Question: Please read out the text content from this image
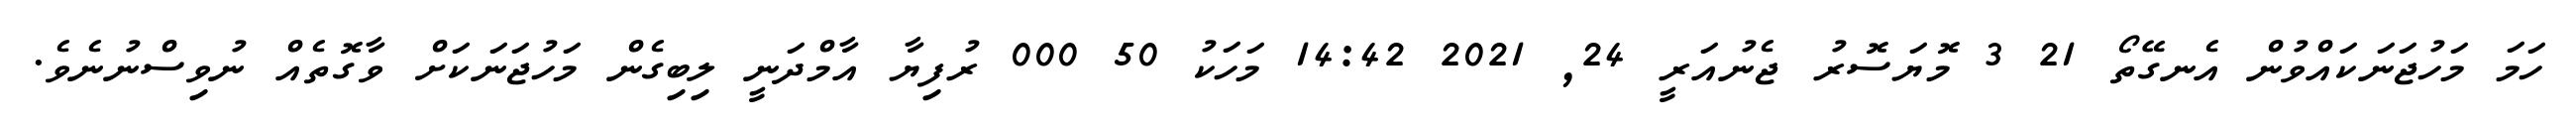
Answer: ހަމަ މަހުޖަނަކައްވުން އެނގޭތޯ 21 3 މޮޔަސޮރު ޖެނުއަރީ 24, 2021 14:42 މަހަކު 50 000 ރުފިޔާ އާމްދަނީ ލިބިގެން މަހުޖަނަކަށް ވާގޮތެއް ނުވިސްނުނެވެ.